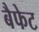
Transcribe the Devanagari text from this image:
बैफेट